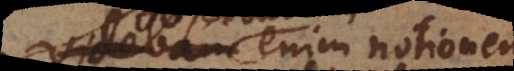
Observabam enim notionem